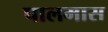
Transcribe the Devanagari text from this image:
पालमास